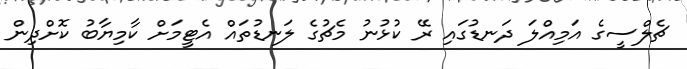
ޗެލްސީގެ އަމިއްލަ ދަނޑުގައި ރޭ ކުޅުނު މެޗުގެ ލަނޑުތައް އެޓީމަށް ކާމިޔާބު ކޮށްދިން